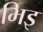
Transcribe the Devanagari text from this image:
भिइ